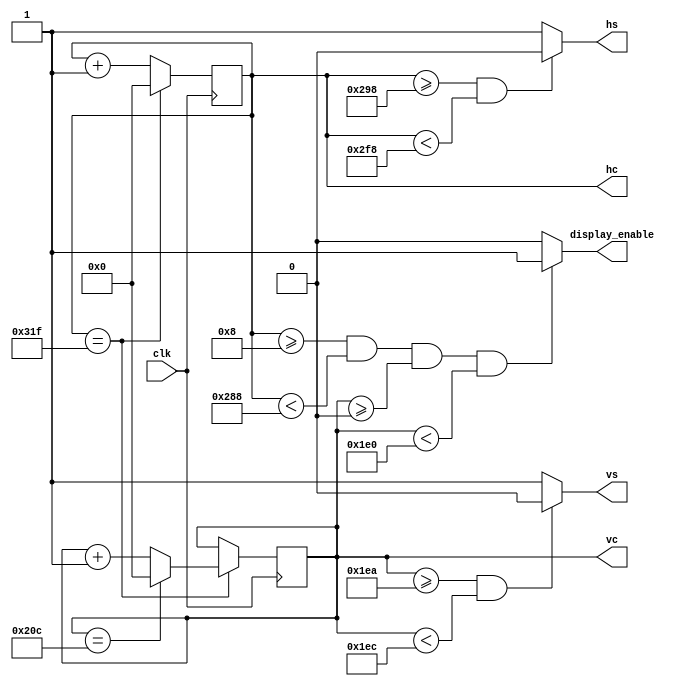
/*
 * This file is part of the FPGA simple VGA project
 * Copyright (c) 2019 Miguel Angel Rodriguez Jodar.
 * 
 * This program is free software: you can redistribute it and/or modify  
 * it under the terms of the GNU General Public License as published by  
 * the Free Software Foundation, version 3.
 *
 * This program is distributed in the hope that it will be useful, but 
 * WITHOUT ANY WARRANTY; without even the implied warranty of 
 * MERCHANTABILITY or FITNESS FOR A PARTICULAR PURPOSE. See the GNU
 * General Public License for more details.
 *
 * You should have received a copy of the GNU General Public License 
 * along with this program. If not, see <http://www.gnu.org/licenses/>.
 */

`timescale 1ns / 1ns
`default_nettype none

module videosyncs (
  input wire clk,        // Clock must be as close as possible to nominal pixel clock according to ModeLine used
  output reg hs,         // Horizontal sync output, right to the monitor
  output reg vs,         // Vertical sync output, right to the monitor
 	output wire [10:0] hc, // Pixel (horizontal) counter. Note that this counter is shifted 8 pixels, so active display begins at HC=8
  output wire [10:0] vc, // Scan (vertical) counter.
  output reg display_enable // Display enable signal.
  );
	
  // https://www.mythtv.org/wiki/Modeline_Database#VESA_ModePool
  // ModeLine "800x600" 40.00 800 840 968 1056 600 601 605 628 +HSync +VSync
  // ModeLine "640x480" 25.18 640 656 752 800 480 490 492 525 -HSync -VSync
  //                      ^
  //                      +---- Pixel clock frequency in MHz
  parameter HACTIVE     = 640;
  parameter HFRONTPORCH = 656;
  parameter HSYNCPULSE  = 752;
	parameter HTOTAL      = 800;
  parameter VACTIVE     = 480;
  parameter VFRONTPORCH = 490;
  parameter VSYNCPULSE  = 492;
  parameter VTOTAL      = 525;
  parameter HSYNCPOL    = 1'b0;  // 0 = Negative polarity, 1 = positive polarity
  parameter VSYNCPOL    = 1'b0;  // 0 = Negative polarity, 1 = positive polarity

  reg [10:0] hcont = 0;
  reg [10:0] vcont = 0;
	
  assign hc = hcont;
  assign vc = vcont;

  // Horizontal and vertical counters management.
  always @(posedge clk) begin
      if (hcont == HTOTAL-1) begin
         hcont <= 11'd0;
         if (vcont == VTOTAL-1) begin
            vcont <= 11'd0;
         end
         else begin
            vcont <= vcont + 11'd1;
         end
      end
      else begin
         hcont <= hcont + 11'd1;
      end
  end
   
  // Sync and active display enable generation, according to values in ModeLine.
  always @* begin
    if (hcont>=8 && hcont<HACTIVE+8 && vcont>=0 && vcont<VACTIVE)
      display_enable = 1'b1;
    else
      display_enable = 1'b0;

    if (hcont>=HFRONTPORCH+8 && hcont<HSYNCPULSE+8)
      hs = HSYNCPOL;
    else
      hs = ~HSYNCPOL;

    if (vcont>=VFRONTPORCH && vcont<VSYNCPULSE)
      vs = VSYNCPOL;
    else
      vs = ~VSYNCPOL;
  end
endmodule   

`default_nettype wire